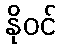
နိုဝင်